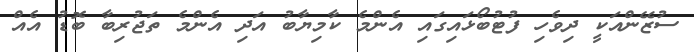
ސުޒޭންއަކީ ދިވެހި ފުޓުބޯޅައިގައި އެންމެ ކާމިޔާބު އަދި އެންމެ ތަޖުރިބާ ބޮޑު އެއް